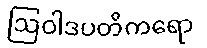
ဩဝါဒပတိကရော